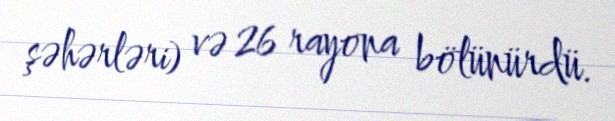
şəhərləri) və 26 rayona bölünürdü.